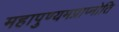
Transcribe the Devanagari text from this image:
महापुण्यमप्राप्नोति